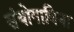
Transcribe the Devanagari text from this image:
संयोगाविना